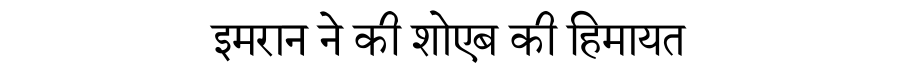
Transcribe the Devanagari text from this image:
इमरान ने की शोएब की हिमायत